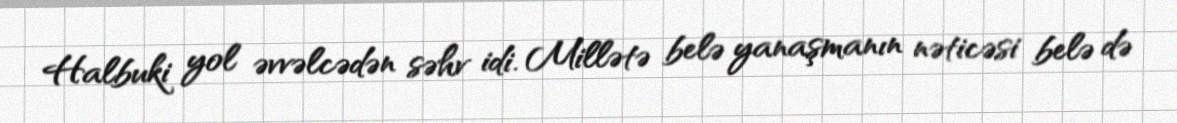
Halbuki yol əvvəlcədən səhv idi. Millətə belə yanaşmanın nəticəsi belə də